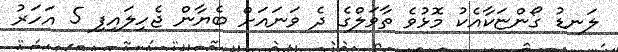
ލަނޑު ގޯންޏަކާއެކު މޮޅުވެ ތާވަލްގެ ދެ ވަނައަށް ބެޔާން ޖެހިލައިފި 5 އަހަރު